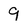
Character: 9